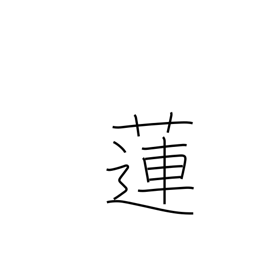
Meaning: lotus